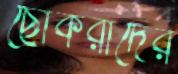
ছোকরাদের